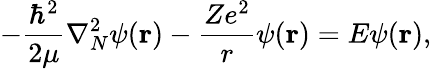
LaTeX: -\frac{\hbar^{2}}{2\mu}\nabla_{N}^{2}\psi({\mathbf r})-\frac{Ze^{2}}{r}\psi({\mathbf r})=E\psi({\mathbf r}),